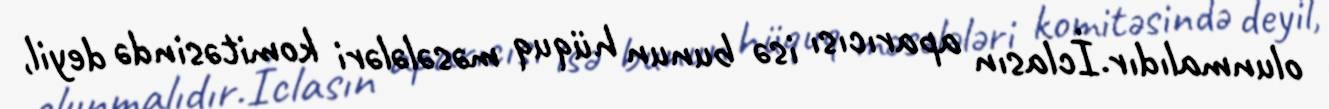
olunmalıdır.İclasın aparıcısı isə bunun hüquq məsələləri komitəsində deyil,